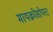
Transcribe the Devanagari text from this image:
मायक्रोसोफ्ट